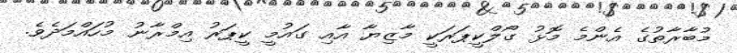
މުބާރާތުގެ އެންމެ މޮޅު ގޯލްކީޕަރަކީ މާޒިޔާ އާއި ގައުމީ ކީޕަރު އިމްރާނު މުހައްމަދެވެ.